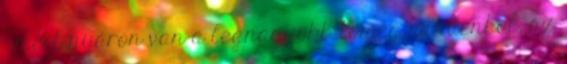
- mert nyáron van a legnagyobb tömeg mindenhol, az